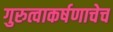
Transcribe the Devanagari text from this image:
गुरुत्वाकर्षणाचेच